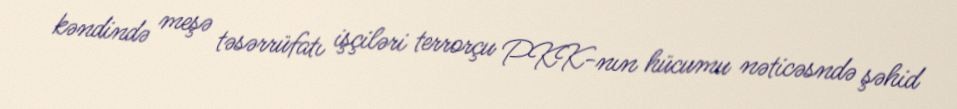
kəndində meşə təsərrüfatı işçiləri terrorçu PKK-nın hücumu nəticəsndə şəhid